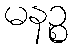
မနဉ္စ